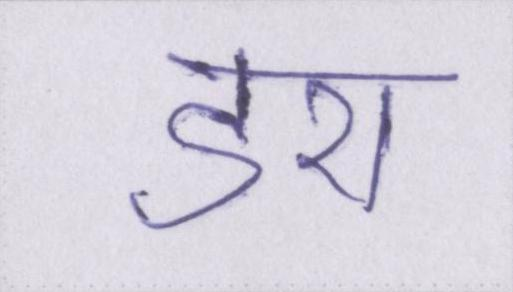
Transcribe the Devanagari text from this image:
डरा